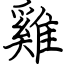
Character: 雞